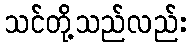
သင်တို့သည်လည်း